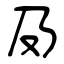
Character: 夃